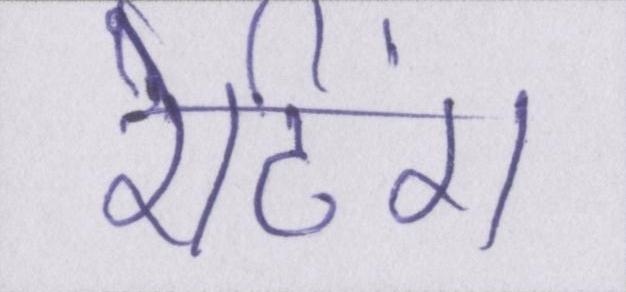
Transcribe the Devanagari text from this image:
रेटिंग